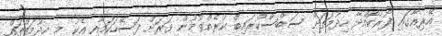
އޭރިއާގައި ފޯރުކޮއްދޭ ހިދުމަތަށް ސަބްސްކްރައިބް ކުރެއްވުމުން ވަރަށް ފަސޭހަކަމާއި އެކު މި ހިދުމަތްތައް